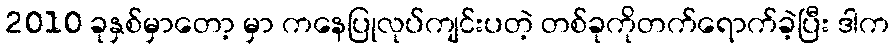
2010 ခုနှစ်မှာတော့ မှာ ကနေပြုလုပ်ကျင်းပတဲ့ တစ်ခုကိုတက်ရောက်ခဲ့ပြီး ဒါက